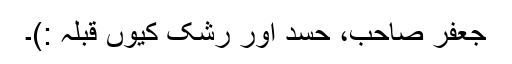
جعفر صاحب، حسد اور رشک کیوں قبلہ :)۔